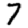
Digit: 7